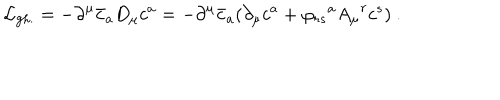
{ \cal { L } } _ { \mathrm { g h . } } = - { \partial } ^ { \mu } { \bar { c } } _ { a } D _ { \mu } { c ^ { a } } = - { \partial } ^ { \mu } { \bar { c } } _ { a } ( { \partial } _ { \mu } c ^ { a } + { \varphi _ { r s } } ^ { a } { A _ { \mu } } ^ { r } { c ^ { s } } ) ~ .